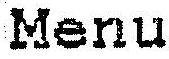
MENU